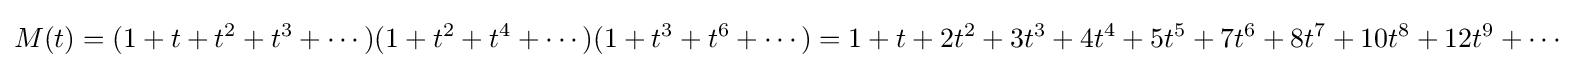
M(t)=(1+t+t^{2}+t^{3}+\cdots )(1+t^{2}+t^{4}+\cdots )(1+t^{3}+t^{6}+\cdots )=1+t+2t^{2}+3t^{3}+4t^{4}+5t^{5}+7t^{6}+8t^{7}+10t^{8}+12t^{9}+\cdots